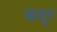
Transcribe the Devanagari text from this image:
कंदूर